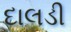
દાલડી